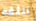
الثقه